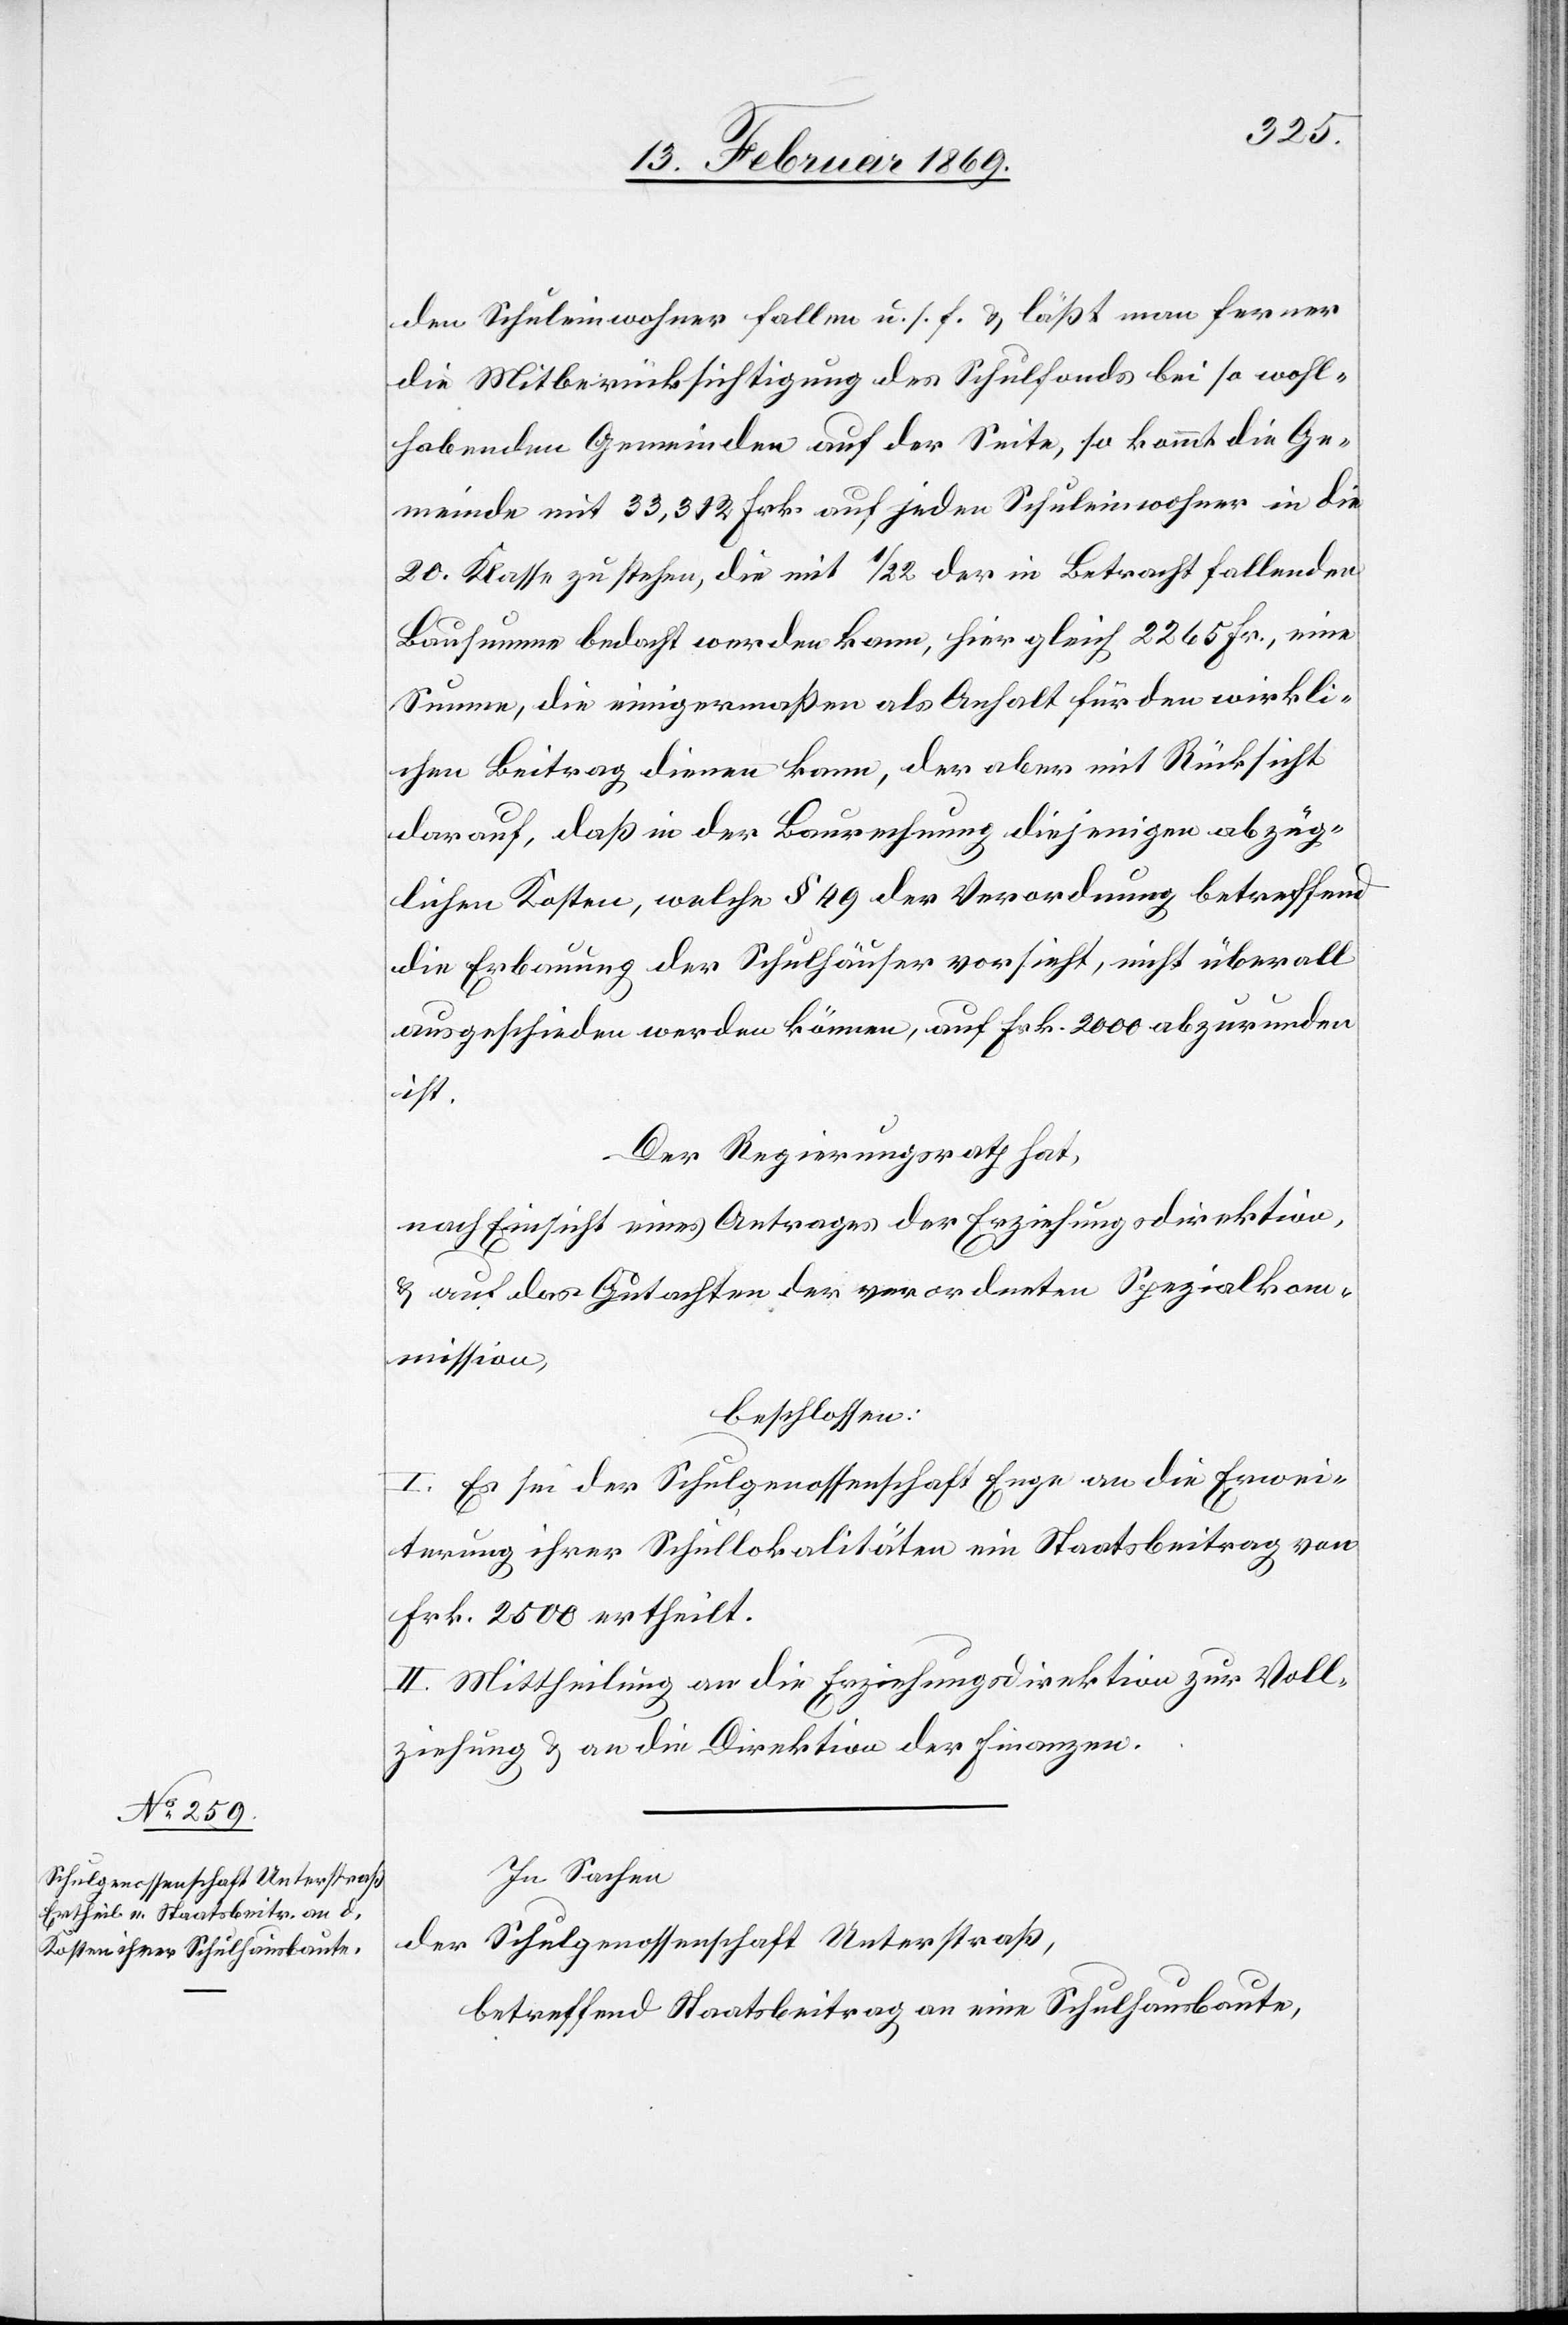
den Schuleinwohner fallen u. s. f. & läßt man ferner
die Mitberücksichtigung des Schulfonds bei so wohl¬
habenden Gemeinden auf der Seite, so kommt die Ge¬
meinde mit 33,312 Frk. auf jeden Schuleinwohner in die
20. Klasse zu stehen, die mit 1/22 der in Betracht fallenden
Bausumme bedacht werden kann, hier gleich 2265 Fr., eine
Summe, die einigermaßen als Anhalt für den wirkli¬
chen Beitrag dienen kann, der aber mit Rücksicht
darauf, daß in der Berechnung diejenigen abzüg¬
lichen Kosten, welche § 49 der Verordnung betreffend
die Erbauung der Schulhäuser vorsieht, nicht überall
ausgeschieden werden können, auf Frk. 2000 abzurunden
ist.
Der Regierungsrath hat,
nach Einsicht eines Antrages der Erziehungsdirektion,
& auf das Gutachten der verordneten Spezialkom¬
mission,
beschlossen:
I. Es sei der Schulgenossenschaft Enge an die Erwei¬
terung ihrer Schullokalitäten ein Staatsbeitrag von
Frk. 2500 ertheilt.
II. Mittheilung an die Erziehungsdirektion zur Voll¬
ziehung & an die Direktion der Finanzen.
In Sachen
der Schulgenossenschaft Unterstraß,
betreffend Staatsbeitrag an eine Schulhausbaute,